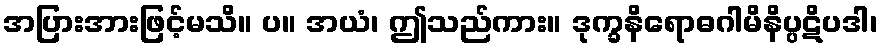
အပြားအားဖြင့်မသိ။ ပ။ အယံ၊ ဤသည်ကား။ ဒုက္ခနိရောဓဂါမိနိပ္ပဋိပဒါ၊